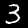
Label: 3